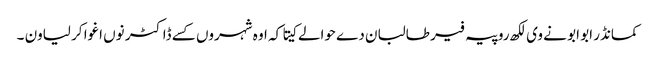
کمانڈر ابو ابو نے وی لکھ روپیہ فیر طالبان دے حوالے کیتا کہ اوہ شہروں کسے ڈاکٹر نوں اغوا کر لیاون ۔